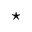
\star